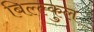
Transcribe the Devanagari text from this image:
बिल्ल्कुल